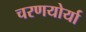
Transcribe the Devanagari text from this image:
चरणयोर्या